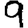
Digit: 9